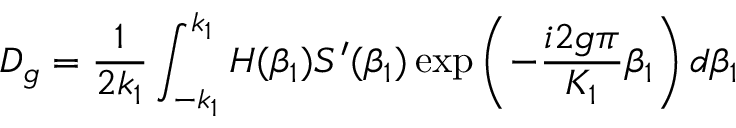
D _ { g } = \frac { 1 } { 2 k _ { 1 } } \int _ { - k _ { 1 } } ^ { k _ { 1 } } H ( \beta _ { 1 } ) S ^ { \prime } ( \beta _ { 1 } ) \exp \left( - \frac { i 2 g \pi } { K _ { 1 } } \beta _ { 1 } \right) d \beta _ { 1 }